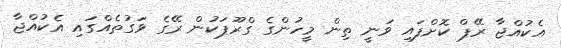
އެކުއްޖާ ރޭޕް ކޮށްފައި ވަނީ ތިން މީހުންގެ ގްރޫޕަކުން ރޭގެ ވަގުތެއްގައި އެކުއްޖާ